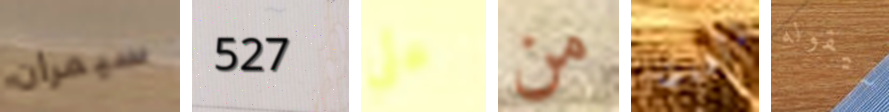
سيمران 527 على من تأخرت سيقوله